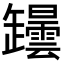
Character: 𦉡